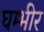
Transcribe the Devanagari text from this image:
घम्भीर